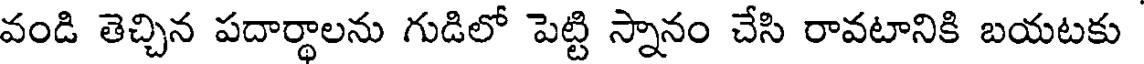
వండి తెచ్చిన పదార్థాలను గుడిలో పెట్టి స్నానం చేసి రావటానికి బయటకు